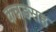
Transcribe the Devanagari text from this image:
कन्नडसह